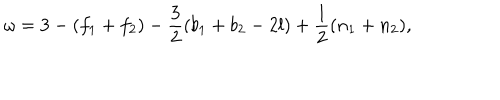
\omega = 3 - ( f _ { 1 } + f _ { 2 } ) - \frac { 3 } { 2 } ( b _ { 1 } + b _ { 2 } - 2 l ) + \frac { 1 } { 2 } ( n _ { 1 } + n _ { 2 } ) ,